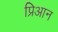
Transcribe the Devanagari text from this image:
प्रिआन